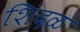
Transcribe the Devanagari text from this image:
शिंदळ